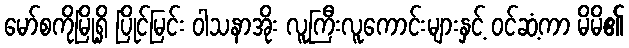
မော်စကိုမြို့ရှိ ပြိုင်မြင်း ဝါသနာအိုး လူကြီးလူကောင်းများနှင့် ဝင်ဆံ့ကာ မိမိ၏